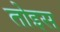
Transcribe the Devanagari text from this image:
तोइस